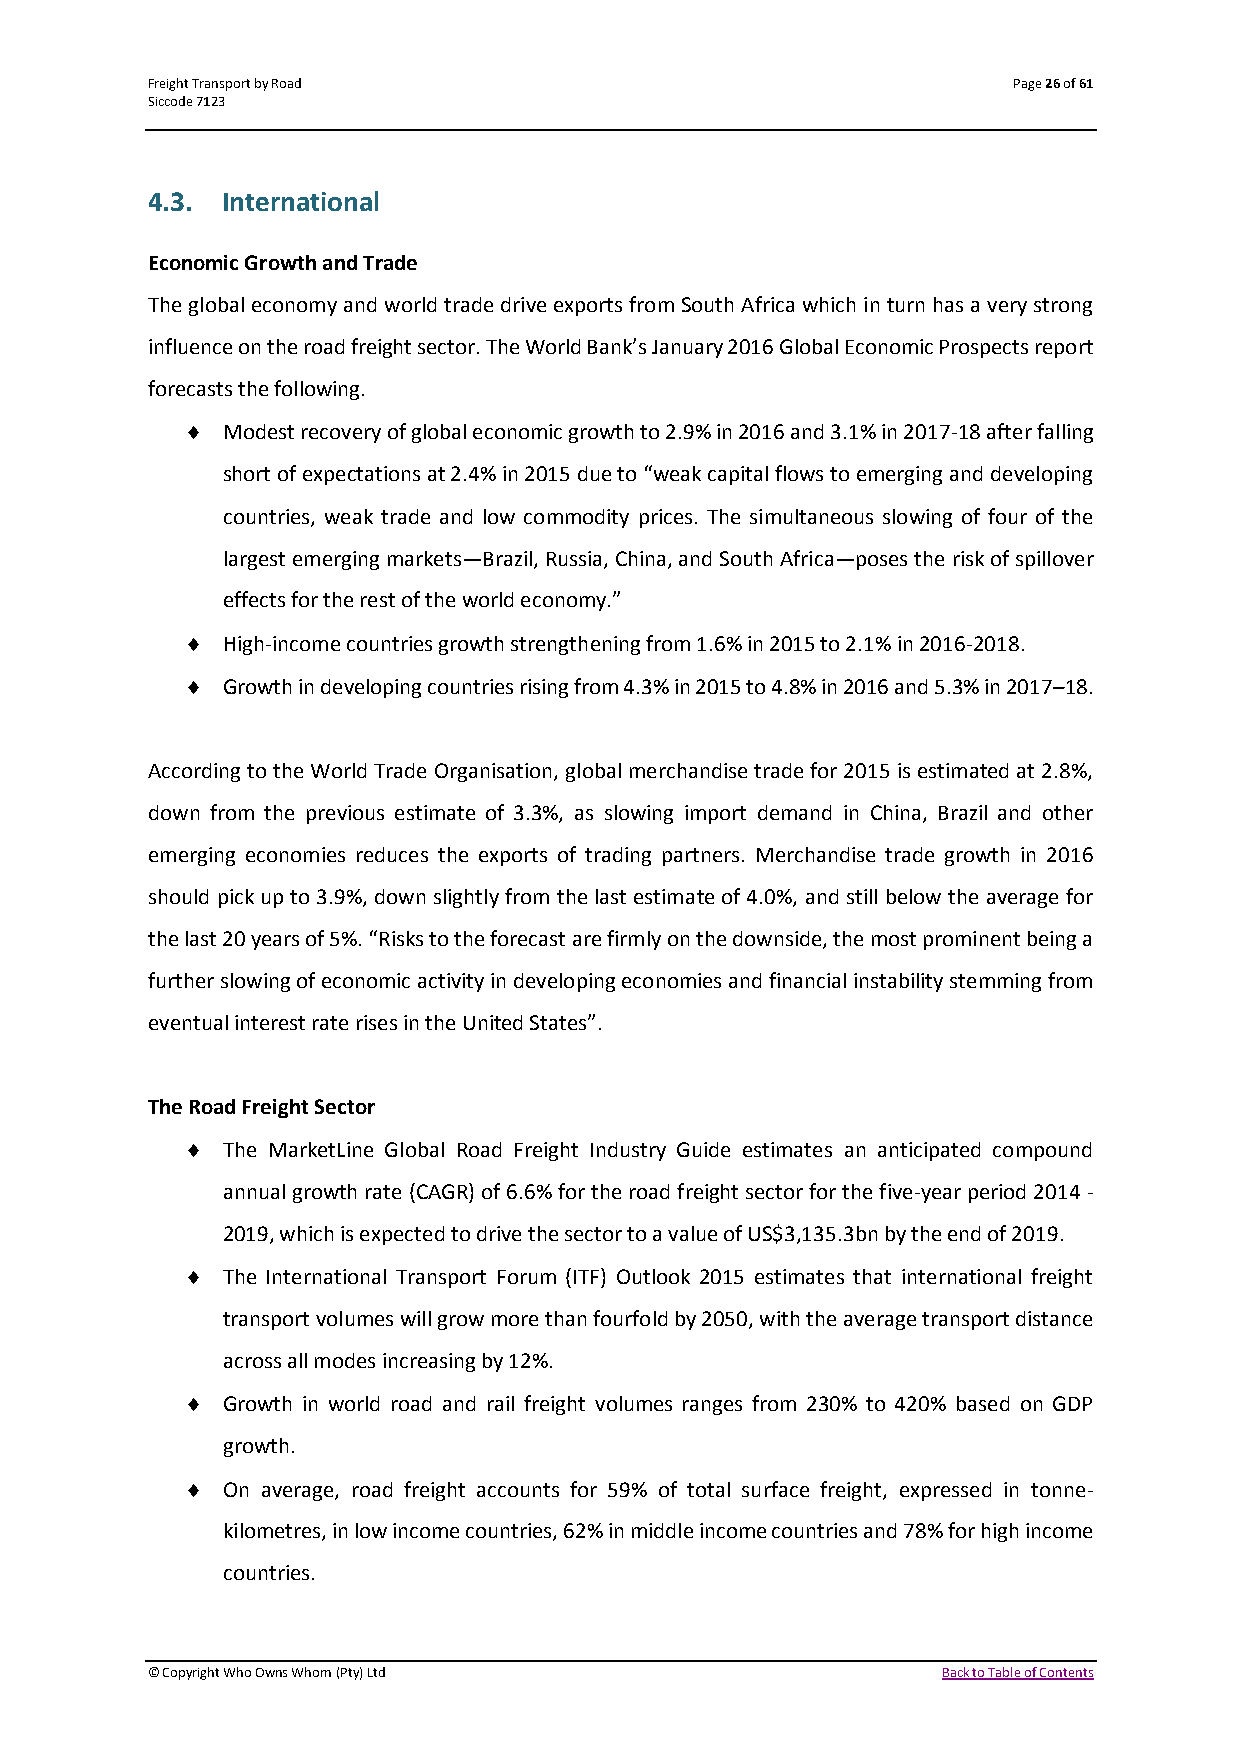
Freight Transport by Road                                Page 26 of 61
 Siccode 7123
 4.3. International
 Economic Growth and Trade
 The global economy and world trade drive exports from South Africa which in turn has a very strong
 influence on the road freight sector. The World Bank’s January 2016 Global Economic Prospects report
 forecasts the following.
   Modest recovery of global economic growth to 2.9% in 2016 and 3.1% in 2017-18 after falling
 short of expectations at 2.4% in 2015 due to “weak capital flows to emerging and developing
 countries, weak trade and low commodity prices. The simultaneous slowing of four of the
 largest emerging markets—Brazil, Russia, China, and South Africa—poses the risk of spillover
 effects for the rest of the world economy.”
   High-income countries growth strengthening from 1.6% in 2015 to 2.1% in 2016-2018.
   Growth in developing countries rising from 4.3% in 2015 to 4.8% in 2016 and 5.3% in 2017–18.
 According to the World Trade Organisation, global merchandise trade for 2015 is estimated at 2.8%,
 down from the previous estimate of 3.3%, as slowing import demand in China, Brazil and other
 emerging economies reduces the exports of trading partners. Merchandise trade growth in 2016
 should pick up to 3.9%, down slightly from the last estimate of 4.0%, and still below the average for
 the last 20 years of 5%. “Risks to the forecast are firmly on the downside, the most prominent being a
 further slowing of economic activity in developing economies and financial instability stemming from
 eventual interest rate rises in the United States”.
 The Road Freight Sector
   The MarketLine Global Road Freight Industry Guide estimates an anticipated compound
 annual growth rate (CAGR) of 6.6% for the road freight sector for the five-year period 2014 -
 2019, which is expected to drive the sector to a value of US$3,135.3bn by the end of 2019.
   The International Transport Forum (ITF) Outlook 2015 estimates that international freight
 transport volumes will grow more than fourfold by 2050, with the average transport distance
 across all modes increasing by 12%.
   Growth in world road and rail freight volumes ranges from 230% to 420% based on GDP
 growth.
   On average, road freight accounts for 59% of total surface freight, expressed in tonne-
 kilometres, in low income countries, 62% in middle income countries and 78% for high income
 countries.
 © Copyright Who Owns Whom (Pty) Ltd                 Back to Table of Contents